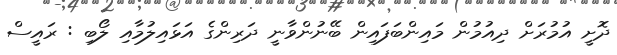
ދޮށީ އުމުރަށް ދިއުމުން މައިންބަފައިން ބޭނުންވާނީ ދަރިންގެ އަޅައިލުމާއި ލޯބި : ރައީސް